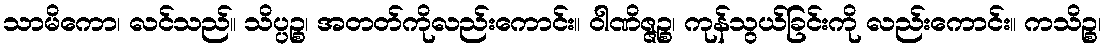
သာမိကော၊ လင်သည်။ သိပ္ပဉ္စ၊ အတတ်ကိုလည်းကောင်း။ ဝါဏိဇ္ဇဉ္စ၊ ကုန်သွယ်ခြင်းကို လည်းကောင်း။ ကသိဉ္စ၊